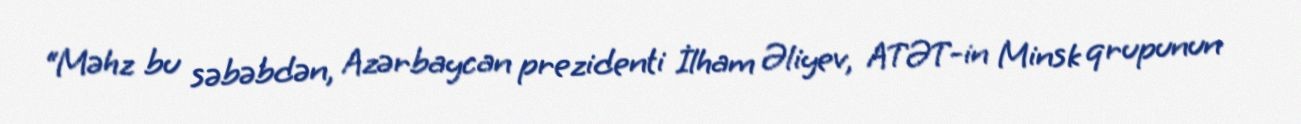
“Məhz bu səbəbdən, Azərbaycan prezidenti İlham Əliyev, ATƏT-in Minsk qrupunun